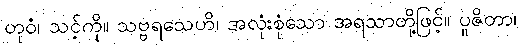
တုဝံ၊ သင့်ကို။ သဗ္ဗရသေဟိ၊ အလုံးစုံသော အရသာတို့ဖြင့်။ ပူဇိတာ၊